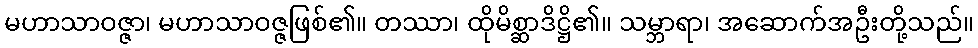
မဟာသာဝဇ္ဇာ၊ မဟာသာဝဇ္ဇဖြစ်၏။ တဿာ၊ ထိုမိစ္ဆာဒိဋ္ဌိ၏။ သမ္ဘာရာ၊ အဆောက်အဦးတို့သည်။